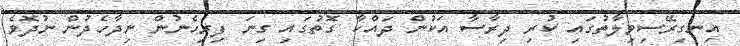
އިނގިރޭސިވިލާތުގައި ކުރި ދިރާސާ އަކުން ދައްކާ ގޮތުގައި ގިނަ ފިރިހެނުން ނިދާހެދުން ނުދޮވެ